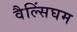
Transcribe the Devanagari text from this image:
वैल्सिंघम